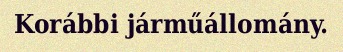
Korábbi járműállomány.